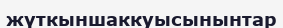
жүткыншаккуысынынтар